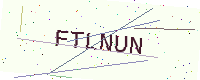
Text: FTLNUN